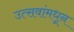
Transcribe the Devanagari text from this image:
उत्सवांमधून